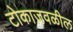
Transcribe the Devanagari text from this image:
टोकाजवळील